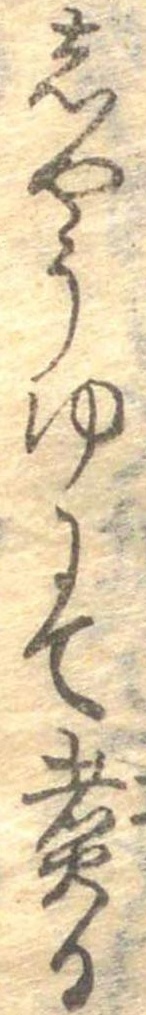
しやうゆにて煮る